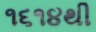
૧૬૧૪થી